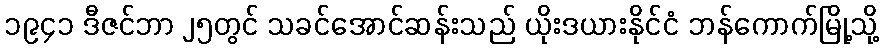
၁၉၄၁ ဒီဇင်ဘာ ၂၅တွင် သခင်အောင်ဆန်းသည် ယိုးဒယားနိုင်ငံ ဘန်ကောက်မြို့သို့